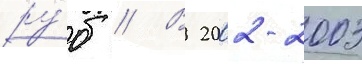
ру́б // В 2002-2003